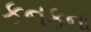
કનકના